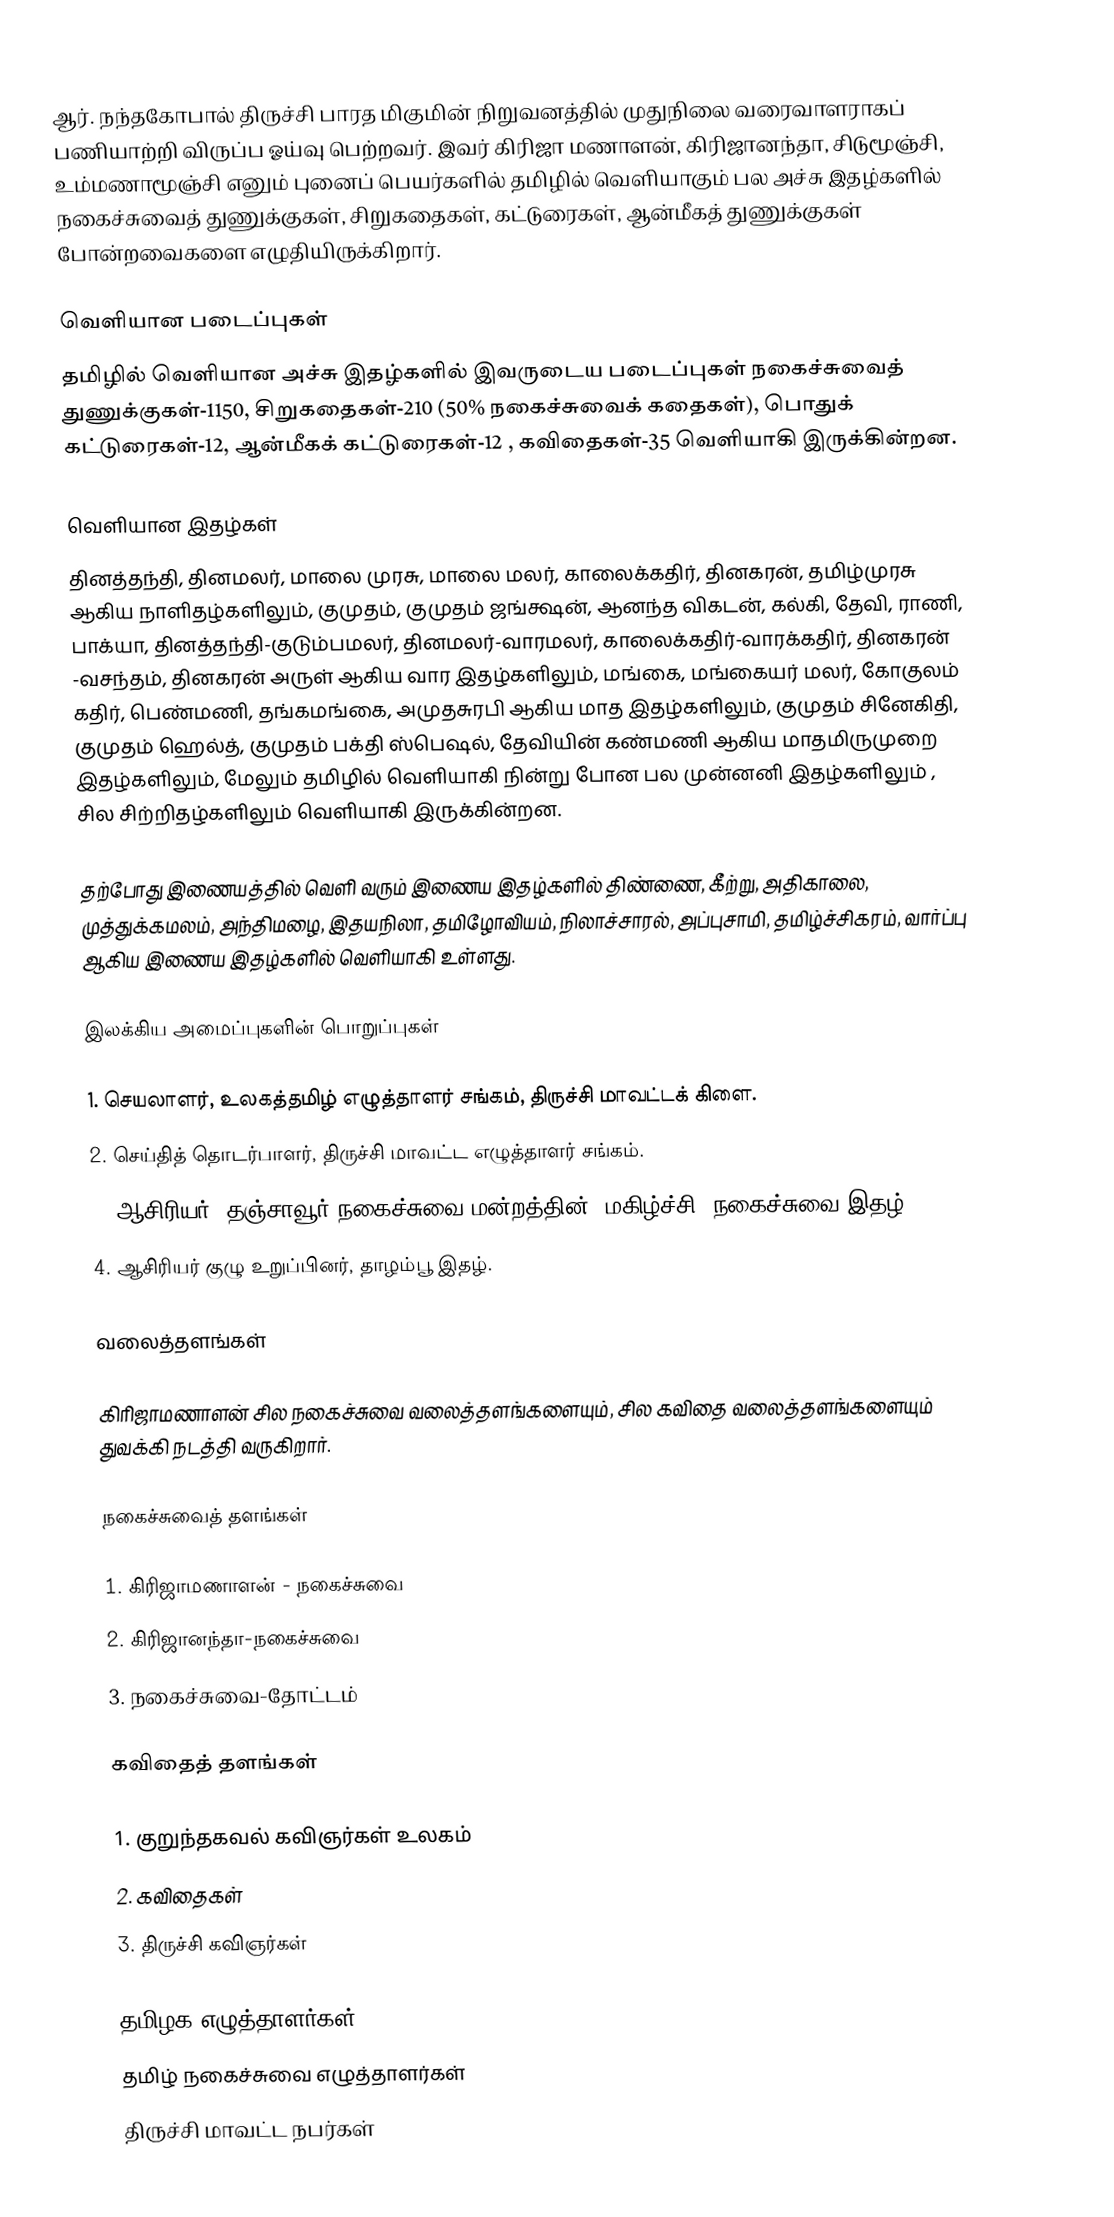
ஆர். நந்தகோபால் திருச்சி பாரத மிகுமின் நிறுவனத்தில் முதுநிலை வரைவாளராகப் பணியாற்றி விருப்ப ஓய்வு பெற்றவர். இவர் கிரிஜா மணாளன், கிரிஜானந்தா, சிடுமூஞ்சி, உம்மணாமூஞ்சி எனும் புனைப் பெயர்களில் தமிழில் வெளியாகும் பல அச்சு இதழ்களில் நகைச்சுவைத் துணுக்குகள், சிறுகதைகள், கட்டுரைகள், ஆன்மீகத் துணுக்குகள் போன்றவைகளை எழுதியிருக்கிறார்.

வெளியான படைப்புகள்
தமிழில் வெளியான அச்சு இதழ்களில் இவருடைய படைப்புகள் நகைச்சுவைத் துணுக்குகள்-1150, சிறுகதைகள்-210 (50% நகைச்சுவைக் கதைகள்), பொதுக் கட்டுரைகள்-12, ஆன்மீகக் கட்டுரைகள்-12 , கவிதைகள்-35 வெளியாகி இருக்கின்றன.

வெளியான இதழ்கள்
தினத்தந்தி, தினமலர், மாலை முரசு, மாலை மலர், காலைக்கதிர், தினகரன், தமிழ்முரசு ஆகிய நாளிதழ்களிலும், குமுதம், குமுதம் ஜங்க்ஷன், ஆனந்த விகடன், கல்கி, தேவி, ராணி, பாக்யா, தினத்தந்தி-குடும்பமலர், தினமலர்-வாரமலர், காலைக்கதிர்-வாரக்கதிர், தினகரன் -வசந்தம், தினகரன் அருள் ஆகிய வார இதழ்களிலும், மங்கை, மங்கையர் மலர், கோகுலம் கதிர், பெண்மணி, தங்கமங்கை, அமுதசுரபி ஆகிய மாத இதழ்களிலும், குமுதம் சினேகிதி, குமுதம் ஹெல்த், குமுதம் பக்தி ஸ்பெஷல், தேவியின் கண்மணி ஆகிய மாதமிருமுறை இதழ்களிலும், மேலும் தமிழில் வெளியாகி நின்று போன பல முன்னனி இதழ்களிலும் , சில சிற்றிதழ்களிலும் வெளியாகி இருக்கின்றன.

தற்போது இணையத்தில் வெளி வரும் இணைய இதழ்களில் திண்ணை, கீற்று, அதிகாலை, முத்துக்கமலம், அந்திமழை, இதயநிலா, தமிழோவியம், நிலாச்சாரல், அப்புசாமி, தமிழ்ச்சிகரம், வார்ப்பு ஆகிய இணைய இதழ்களில் வெளியாகி உள்ளது.

இலக்கிய அமைப்புகளின் பொறுப்புகள்

1. செயலாளர், உலகத்தமிழ் எழுத்தாளர் சங்கம், திருச்சி மாவட்டக் கிளை.
2. செய்தித் தொடர்பாளர், திருச்சி மாவட்ட எழுத்தாளர் சங்கம்.
3. ஆசிரியர், தஞ்சாவூர் நகைச்சுவை மன்றத்தின் "மகிழ்ச்சி" நகைச்சுவை இதழ்
4. ஆசிரியர் குழு உறுப்பினர், தாழம்பூ இதழ்.

வலைத்தளங்கள்

கிரிஜாமணாளன் சில நகைச்சுவை வலைத்தளங்களையும், சில கவிதை வலைத்தளங்களையும் துவக்கி நடத்தி வருகிறார்.

நகைச்சுவைத் தளங்கள்

1. கிரிஜாமணாளன் - நகைச்சுவை
2. கிரிஜானந்தா-நகைச்சுவை
3. நகைச்சுவை-தோட்டம்

கவிதைத் தளங்கள்

1. குறுந்தகவல் கவிஞர்கள் உலகம்
2. கவிதைகள்
3. திருச்சி கவிஞர்கள்

தமிழக எழுத்தாளர்கள்
தமிழ் நகைச்சுவை எழுத்தாளர்கள்
திருச்சி மாவட்ட நபர்கள்